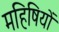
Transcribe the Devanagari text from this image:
महिषियों